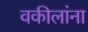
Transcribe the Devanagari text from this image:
वकीलांना